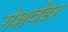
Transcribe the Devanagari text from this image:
गेशवेंडर